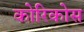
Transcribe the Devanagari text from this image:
कोरिकोस